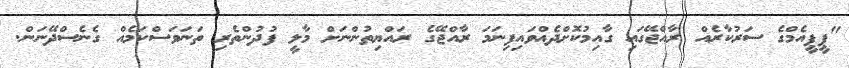
"ޕީޕީއެމްގެ ސަރުކާރެއް ރާއްޖޭގައި ގާއިމުކޮށްދެއްވައިފިނަމަ ރާއްޖޭގެ ރައްޔިތުންނަށް މާލީ ފުދުންތެރި ތަނަވަސްކަމެއް ގެނެސްދޭނަން.